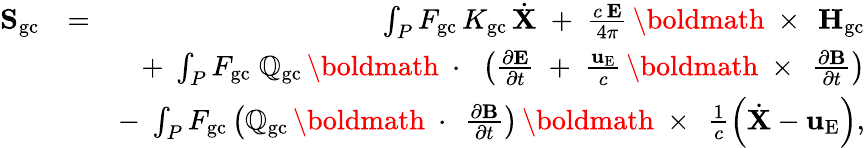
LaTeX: \begin{array}{rlr}{{\mathbf S}_{\mathrm{gc}}}&{=}&{\int_{P}F_{\mathrm{gc}}\, K_{\mathrm{gc}}\, \dot{\mathbf X}\; +\; \frac{c\, {\mathbf E}}{4\pi}\, \mathrm{\boldmath~\times~}\, {\mathbf H}_{\mathrm{gc}}}\\ &{}&{+\; \int_{P}F_{\mathrm{gc}}\; \mathbb{Q}_{\mathrm{gc}}\, \mathrm{\boldmath~\cdot~}\, \left(\frac{\partial\mathbf E}{\partial t}\; +\; \frac{{\mathbf u}_{\mathrm{E}}}{c}\, \mathrm{\boldmath~\times~}\, \frac{\partial\mathbf B}{\partial t}\right)}\\ &{}&{-\; \int_{P}F_{\mathrm{gc}}\left(\mathbb{Q}_{\mathrm{gc}}\, \mathrm{\boldmath~\cdot~}\, \frac{\partial\mathbf B}{\partial t}\right)\, \mathrm{\boldmath~\times~}\, \frac{1}{c}\left(\dot{\mathbf X}-{\mathbf u}_{\mathrm{E}}\right),}\end{array}